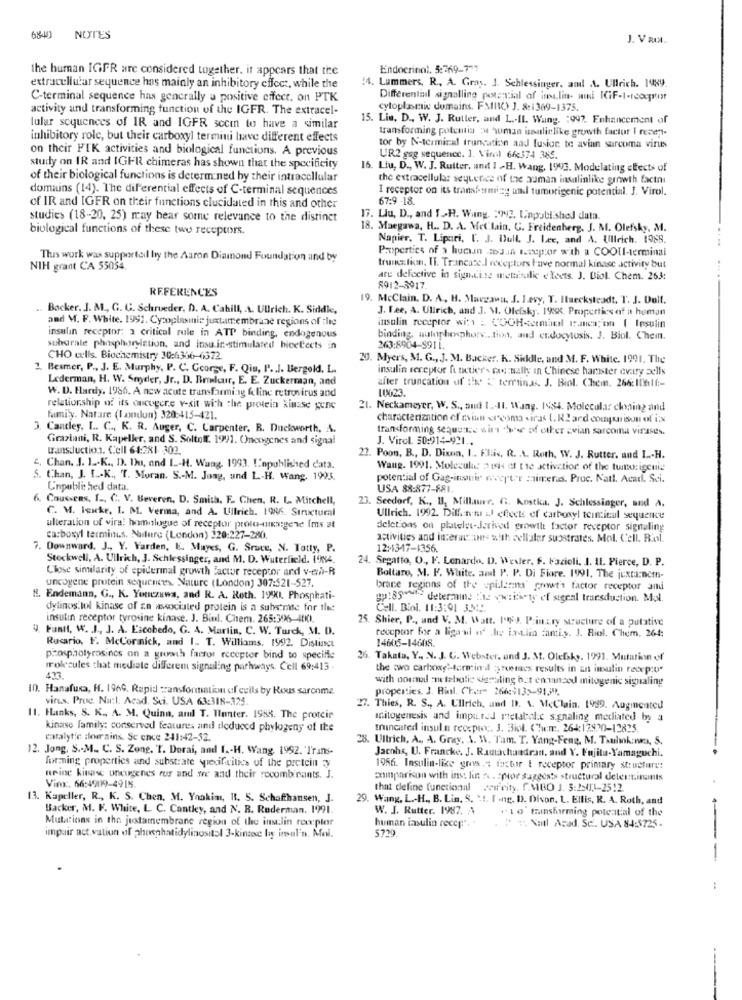
6840 NOTES
J. V RI
the human IGFR are considered together. it appears that the
Endocrinol. 5:769-7"7
extracellular sequence hos mainly an inhibitory effect, while the
!4. Lummers. R ., A. Gros. J. Schlessinger, and A. Ullrich. 198y.
C-terminal sequence has generally a positive effect, on PTK
Differential signalling potential of ime.lin- wiki ICIF-1-receptor
activity and transforming function of the IGFR. The extracel-
cytoplasmic domains. FMIIK) J. 8:1369-1375.
15. Lis. D ., W. J. Rutter, and L .- Il. Wung. : 992. Enhancement of
lular sequences of IR and IGFR sccm to have a similar
transforming potemia :44 wuman isalielike growth factor I recen.
inhibitory role, but their carboxyl termini have different effects
on their FIK activities and biological functions. A previous
tor by N-terminal truncation and fusion te avian sarcoma virus
UR2 geg sequence. ]. Viml 66374 385.
study on IR and IGFR chimeras has shown that the specificity
16. Liu, D ., W. J. Rutter, and 1 -H. Wang, 1993. Modulating cFects of
of their biological functions is determined by their intracellular
the extracellular sequence of the auman insulinlike growth factni
domains (14). The dil'erential effects of C-terminal sequences
I receptor on its transforming und tumorigenic potential. J. Virol.
67:9 -18
of IR and IGFR on their functions clucidated in this and other
studies (18-20, 25) may bear some relevance to the distinct
17. Liu, D ., and I.H. Wang. 343, Unpublished data.
biological functions of these two receptors.
18. Maegawa, H .. D. A. Met lain. G. Freidenherg. J. M. Olefsky, M.
Napier, T. Lipari, [. J. Bull. J. Lee, and A. Ullrich. 1988.
Properties of > hunan mod.in tweepor with a COOL-terminal
This work was supported by the Aaron Diamond Foundation and by
NIH grant CA 55054.
truncation, IT. Trancase.I receptors have normal kinase activity but
are defective in signaite mettisulic elleets. J. Biol. Chem. 263:
REFERENCES
8912-3917.
19. McClain. D. A, H. Marzawa, J. J.evy, T. Ituecksteadt. T. J. Doll.
. Backer. J. M ., G. G. Schroeder, D. A. Cahill, . \. Ullrich. K. Siddke,
J. Lee, A. Ullrich, and J. M. Olefsky. 1988. Properties of a human
and M. F. White. 1991. Cytoplasmnie juxtamembrane regions of the
insulin receptor wit : COOH-cimadel Panca; on ( Insulin
insulin receptor: 3 critical rule in ATP binding, endogenous
binding nulphosphore .. tion, and endocytosis. J. Biol. Chem.
substrate phosphorylation, and insu.in-stimulated hicetects in
263:8904-SPIL
CHO wells. Biochemistry 30:6366-6372
20. Myers, M. G ., J. M. Backer. K. Sidkdle, und M. F. White. 1991. The
2. Besmer, P ., J. E. Murphy, P. C. George, F. Qiu, P .. J. Bergold, L.
insulin receptor functier- rac nally in Chinese hamster ovary sells
Lederman, H. W. Snyder, Jr ., D. Brinhur, E. E. Zuckerman, and
after truncation of the C terminas. J. Biol. Chem. 266:10616 :-
W. D. Hardy. 1986. A new acute transfarming feline retrovirus and
10023.
relationship of its oncegere v-sit with the protein kinase gene
21. Neckameyer, W. S ., and 1 .- 11. Wang. 1984. Molecular cloning and
family. Natare (london) 320:415-421.
characterization of rain creoma siras (.R2 and comparison of is
3. Cantley, I. C ., K. R. Auger, C. Carpenter. R. Duckworth, A.
transforming seque te sin hvor of etter zvian sarcoma virases.
Graziani, R. Kapelkr, and S. Soltoff. 1991. Oncogenes and signal
J. Virol. 50:914-921 ..
transduction. Cell 61:281 302.
22. Poon, B ., D. Dixna, I .. Flis, R. . A. Roth, W. J. Rutter. and L .- H.
4, Chan. J. 1 .- K ., D. Du, and I .- H. Wang. 1993. I''npublished data.
Wang. 1991. Molecular a sis of the activation of the turno: igenis
S. Chan, J. I .- K ., "T. Moran. S .- M. Jong, and L-H. Wang, 1993.
potential of Gag-inspir recepter maimeras. Proc. Natl. Acad. Sci.
Unpublis hed data.
USA 88:877-881.
Coussens, I ., C. V. Beveren, D. Smith. F. Chen, R. L. Mitchell,
C. M. leicke, I. M. Verma, and A. Ullrich. 1986. Structural
23. Seedorf, K ., B. Millaue. G. Kostka. J. Schlessinger, and A.
Ullrich. 1992. Diff. nn xl effects of carboxyl terminal sequence
alteration of vira: homologue of receptor proto-unigene (ms at
deletions on platelet-derived growth factor receptor signaling
carboxyl terminus, Nature (London) 320:227-280.
activities and interacciones with cellular substrates. Mol. Cell. Rol.
7. Downward. J ., Y. Varden, E. Mayes, G. Sruce, N. Tatty, P.
12:13-17-1356.
Stockwell, A. Ullrich, J. Schlessinger, and M. D. Waterfield. I'MA.
24. Segatto, O ., F. Lenardo, D. Wever, S. Fazioli. I. 11. Pierce, D. P.
Close similarity of epidermal growth factor receptor ard v-en-R
uncogene protein sequencees. Nature (London) 307:521-527
Boltaro, M. F. White. ant P. P. Di Fiore. 1991. The juxta:nem-
brace regions of the spillerns growth factor receptor ami
". Endemann, G ., K. Youczawa, and R. A. Roth. 1990). Phosphati-
gp:35 determine the spiritity of signal transduction. Mol.
dylinos.lol kinase of za asociated protein is a substrate for the
Cell. Biol. 11:3:91 334.
insulin receptor tyrosine kinase. J. Biul. Chem. 265:396-4000).
25. Shier, P ., and V. M. Watt. 1). Pink.ry structure of a putative
9. Funtt, W. J ., J. A. Escobedo, G. A. Martin, C. W. Turck, M. D.
receptor for a ligail n' .die inulin fantiy. J. Riol. Chem, 264:
14606-14608.
Rucario, F. McCormick, and I. T. Williams. 1992. Distinct
prosptolyrasincs on a growth factor recepter bind to specifie
26. Takata, Y ., N. J. G. Webster, and J. M. Oledsky. 1991. Mutation of
molecules that mediate differen signaling pathways. Cell 69:413 .
the wwo carboxy'-formin'il reencs results in an inulin retxp:o.
433.
with nord :neteholic varsling hat ennansod mitogenic signaling
10. Hanafura, H. 1969. Rapid transformation of cells by Rous sarcome
properties. J. Biol. Chem 266:913>-91.38.
virus. Proc. Na:l. Acad. Sci. USA 63:318-325
27. Thies, R. S ., A. Ullrich, and DI. \. McClain. 1999. Augmented
11. Hanks, S. K ., A. M. Quinn, aml T. Hunter. 1988. The protein
aritogenesis and imputed rietabel.c signaling mediated by a
kinase family: conserved features and reduced phylogeny of the
truncated insula receptc. 3. 3iol. Chem :. 264:17920-12825.
entalytic dlorrains. Sc ence 241:42-52.
8. Ullrich, A ., A. Gray, 1. W. Tam. T. Yang-Feng, M. Taulık:nes, S.
12. Jong. S .- M. C. S. Zong. T. Derai, and 1 .- H. Wang. 1992. 'Trans-
formning properties and substrate wiedif.cities of the protein y
Jacobs, U. Francke, J. Ramachandran, and Y. Fajita-Yamaguchi.
1986. Insulin-like gravs.1 factur & receptor primary structure:
neine kinase uncugenes rus and are and their recombinants. J.
comparison with ins: lin :\ . por suggests structural delertinants
Vin :. 66:49019-4915.
that define functional wifeity. f.MBO J. 5:25013-2512.
13. Kapeller, R ., K. S. Chen. M. Yookim, It. 5. Schafthansen, J.
29. Wang, L .- H ., B. Lin. S. " !. I .ng. D. Divon, L. Ellis, R. A. Roth, and
Backer, M. F. White, L. C. Cantley, and N. R. Ruderman. 1991.
W. J. Rutter. 1987.
"10 minsforming potential of the
Mutations in the justamembrane region of the inulin rou:pler
human insulin recep". "
5739
" Nail Acad. Sc .. USA 84:5725 -
impair act vation of phosphatidylinositol 3-kintec by imul'n. Mnl.
-